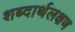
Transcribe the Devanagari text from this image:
शब्दार्थलक्षण